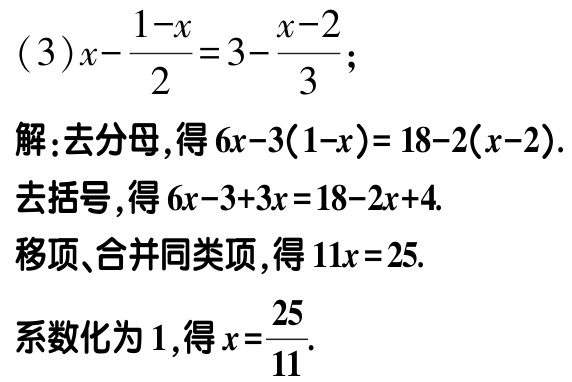
(3)\(x - \frac{1 - x}{2} = 3 - \frac{x - 2}{3}\);
解:去分母,得\(6x - 3(1 - x) = 18 - 2(x - 2)\).
去括号,得\(6x - 3 + 3x = 18 - 2x + 4\).
移项、合并同类项,得\(11x = 25\).
系数化为1,得\(x = \frac{25}{11}\).